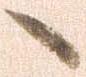
へ